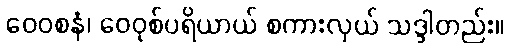
ဝေဝစနံ၊ ဝေဝုစ်ပရိယာယ် စကားလှယ် သဒ္ဒါတည်း။